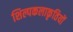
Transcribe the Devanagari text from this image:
शिल्पकलाकृतियों